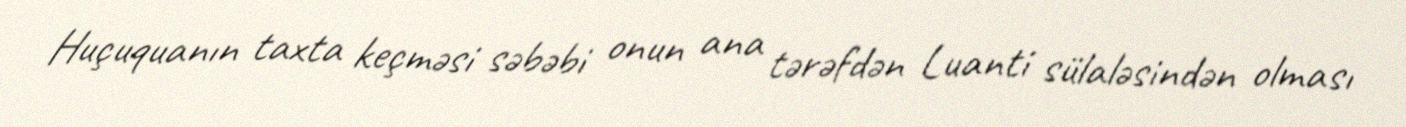
Huçuquanın taxta keçməsi səbəbi onun ana tərəfdən Luanti sülaləsindən olması